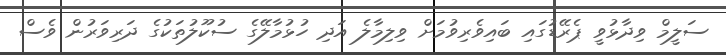
ސަލީމް ވިދާޅުވީ ޕެރޭޑުގައި ބައިވެރިވުމަށް ވިލިމާލެ އަދި ހުޅުމާލޭގެ ސުކޫލުތަކުގެ ދަރިވަރުން ވެސް